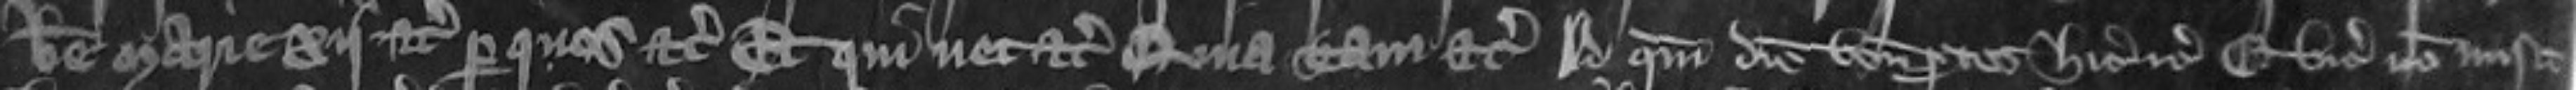
Beate Marie xij etc per quos etc Et qui nec etc Quia tam etc Ad quem diem veniunt predicti hic etc Et vicecomes non misit